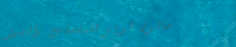
صالون لويز للمقصات والصبغ